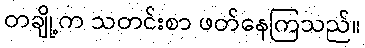
တချို့က သတင်းစာ ဖတ်နေကြသည်။